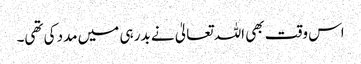
اس وقت بھی اللہ تعالیٰ نے بدر ہی میں مدد کی تھی۔